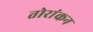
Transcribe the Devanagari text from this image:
तोरांकन